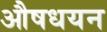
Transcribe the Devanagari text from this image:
औषधयन